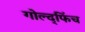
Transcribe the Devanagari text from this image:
गोल्द्फिंच